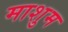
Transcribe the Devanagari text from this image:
माशुम